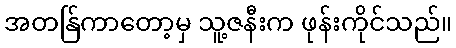
အတန်ြကာတော့မှ သူ့ဇနီးက ဖုန်းကိုင်သည်။